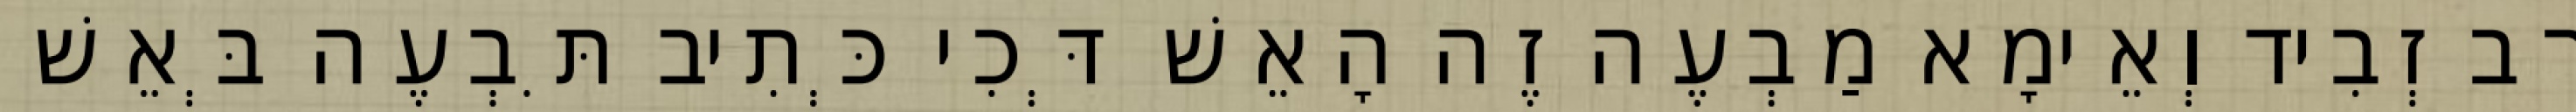
רַב זְבִיד וְאֵימָא מַבְעֶה זֶה הָאֵשׁ דְּכִי כְּתִיב תִּבְעֶה בְּאֵשׁ